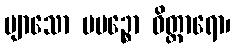
ဗျာသော ပပဉ္စော ဝိတ္ထာရော၊